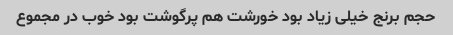
حجم برنج خیلی زیاد بود خورشت هم پرگوشت بود خوب در مجموع